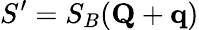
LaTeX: S^{\prime}=S_{B}(\mathbf{Q}+\mathbf{q})